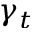
\gamma _ { t }